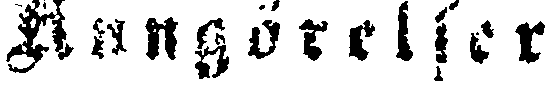
Kungörelser.